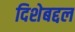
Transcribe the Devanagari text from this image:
दिशेबद्दल